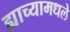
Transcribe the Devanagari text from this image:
ह्याच्यामधले